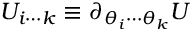
U _ { i \cdots k } \equiv \partial _ { \theta _ { i } \cdots \theta _ { k } } U